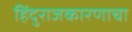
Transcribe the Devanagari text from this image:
हिंदुराजकारणाचा